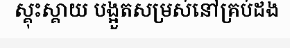
ស្គុះស្គាយ បង្អួតសម្រស់នៅគ្រប់ដង